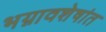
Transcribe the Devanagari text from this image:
भग्नावशेषांत